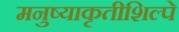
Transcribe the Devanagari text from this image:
मनुष्याकृतीशिल्पे